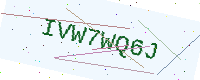
Text: IVW7WQ6J